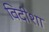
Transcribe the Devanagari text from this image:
विदीशा